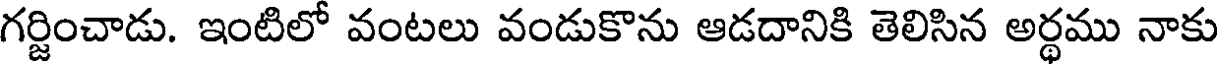
గర్జించాడు. ఇంటిలో వంటలు వండుకొను ఆడదానికి తెలిసిన అర్థము నాకు